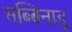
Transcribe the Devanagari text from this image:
सब्बिनाडू